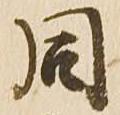
同